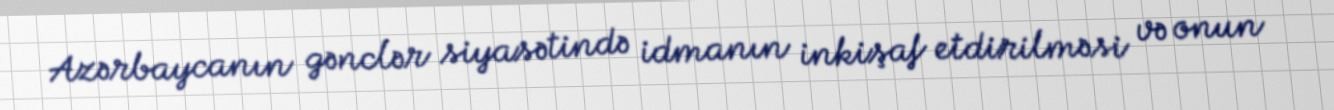
Azərbaycanın gənclər siyasətində idmanın inkişaf etdirilməsi və onun